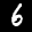
Label: 6